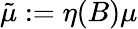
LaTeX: {\tilde{\mu}}:=\eta(B)\mu